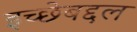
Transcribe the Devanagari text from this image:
इच्छेबद्दल